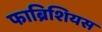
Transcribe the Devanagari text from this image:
फाब्रिशियस